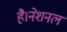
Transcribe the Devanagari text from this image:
है।नेशनल